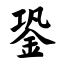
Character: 銎